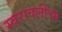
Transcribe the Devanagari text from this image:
स्वरावलींचा